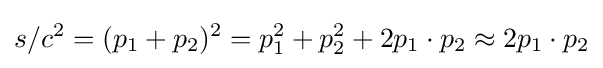
s/c^{2}=(p_{1}+p_{2})^{2}=p_{1}^{2}+p_{2}^{2}+2p_{1}\cdot p_{2}\approx 2p_{1}\cdot p_{2}